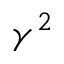
\gamma ^ { 2 }